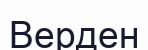
Верден